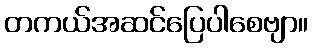
တကယ်အဆင်ပြေပါစေဗျာ။